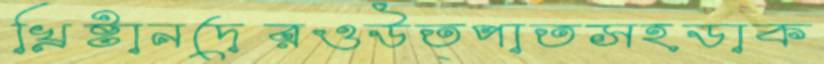
খ্রিষ্টানদেরওউত্পাতসহডাক